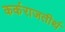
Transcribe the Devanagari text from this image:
कर्कराजतीर्थ